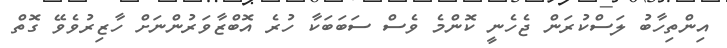
އިންތިހާބު ލަސްކުރަން ޖެހެނީ ކޮންމެ ވެސް ސަބަބަކާ ހުރެ އޮބްޒާވަރުންނަށް ހާޒިރުވެވޭ ގޮތް